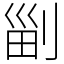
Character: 㓯